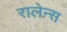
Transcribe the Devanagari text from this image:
रालेन्स